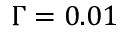
\Gamma = 0 . 0 1